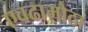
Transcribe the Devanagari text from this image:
एवढामोठा